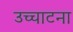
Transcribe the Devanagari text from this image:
उच्चाटना